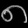
Digit: ၈